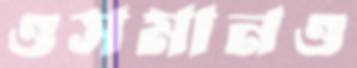
ওসমানও